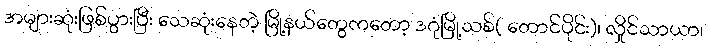
အများဆုံးဖြစ်ပွားပြီး သေဆုံးနေတဲ့ မြို့နယ်တွေကတော့ ဒဂုံမြို့သစ်( တောင်ပိုင်း)၊ လှိုင်သာယာ၊